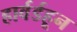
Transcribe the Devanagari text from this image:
हार्वर्डहून